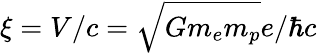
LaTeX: \xi=V/c=\sqrt{Gm_{e}m_{p}}e/\hbar c